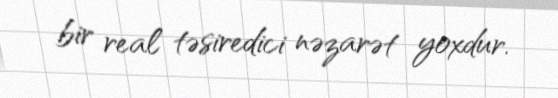
bir real təsiredici nəzarət yoxdur.